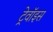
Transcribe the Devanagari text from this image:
ट्रेवॉइस